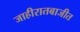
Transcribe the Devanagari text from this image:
जाहीरातबाजीत